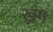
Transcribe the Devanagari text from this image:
ख्रंग